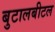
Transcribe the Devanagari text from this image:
बुटालबीटल